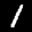
Label: 1